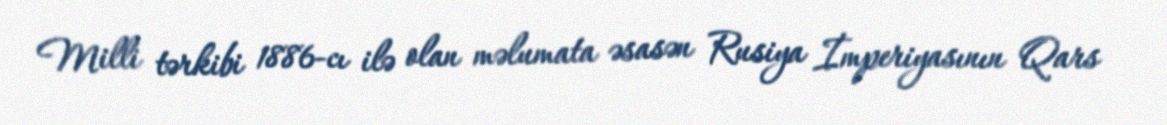
Milli tərkibi 1886-cı ilə olan məlumata əsasən Rusiya İmperiyasının Qars